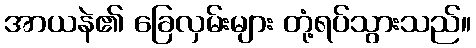
အာယနဲ၏ ခြေလှမ်းများ တုံ့ရပ်သွားသည်။